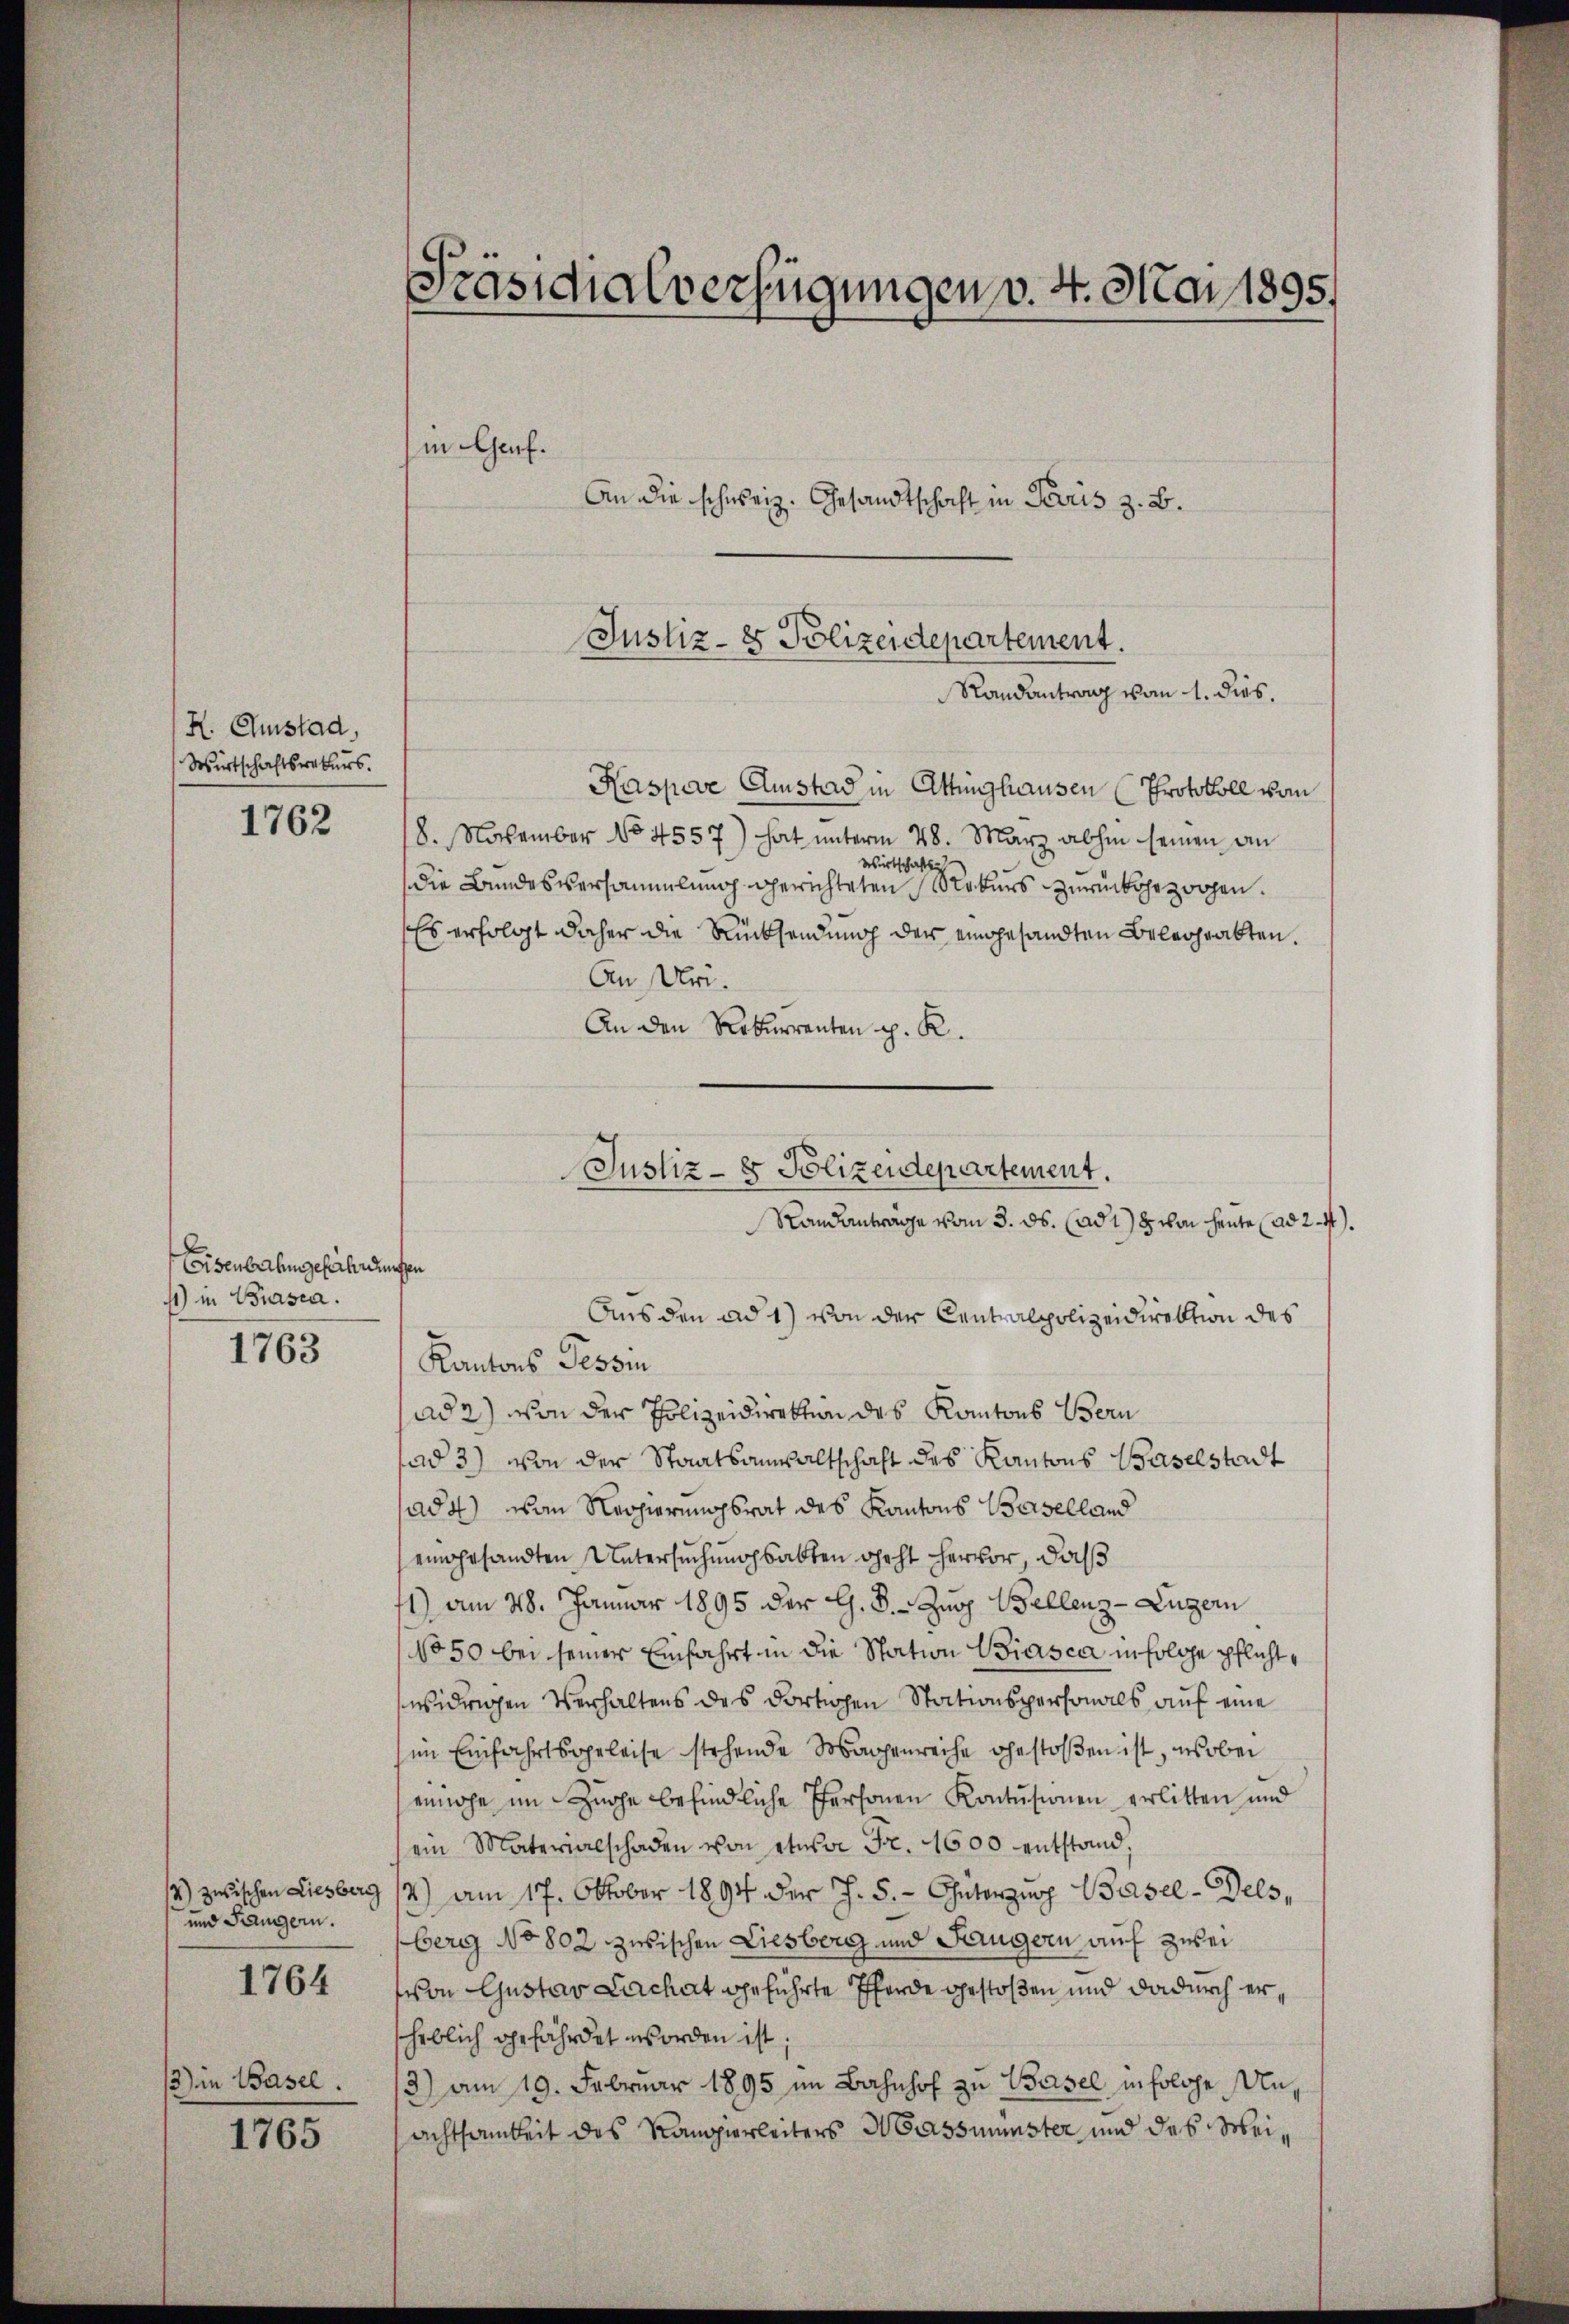
H. Chunstad,
Wirtschaftsrekurs.

1762

Eisenbahngefährdungen
11) in Brasia.
1763

und Längern.
1764

13) in Basel.

1765

Kaspare Austad in Ettinghausen (Protokoll vom
18. November No 4557) hat unterm 28. März abhin seinen an
Wirtschafts
die Bundesversammlung gerichteten Stobers zurückgezogen.
Es erfolgt daher die Rücksendung der eingesandten Belegrabten.
An Uri.
An den Rekurrenten p. K.

Aus den ad 1) von der Centralpolizeidirektion des
Kantons Tessin
ad 2) von der Polizeidirektion des Kantons Bern
ad 3) von der Staatsanwaltschaft des Kantons Baselstadt
(ad 4) von Regierungsrat des Kantons Baselland
eingesandten Untersuchungsabten geht hervor, daß
1) am 28. Januar 1895 der G. B. Zug Bellenz-Lugern
No 50 bei seiner Einfahrt in die Station Biasca in solche pflichtwidrigen Verhaltens des dortigen Stationspersonals auf eine
im Einfahrtsgeleise stehende Magenreihe gestoßen ist, wobei
einahe im Zuge befindliche Personen Kontusionen erlitten und
ein Materialschaden von etwa Fr. 1600 entstand;
2) zwischen Liesberg 17) am 17. Oktober 1894 der J. 5. - Guterzig Basel-Dels,
berg No 802 zwischen Liesberg und Saugern auf zwei
von Gustav Lachat geführte Pferde gestoßen und dadurch erheblich gefährdet worden ist;
3) am 19. Februar 1895 im Bahnhof zu Basel, in solche Unachtsamkeit des Rangierleiters Massmünster und des Mei¬

Präsidialverfügungen v. 4. Mai 1895.

in Genf.
An die schweiz. Gesandtschaft in Paris z. B.

Justiz- & Polizeidepartement.
Randantrag vom 1. dies.

Justiz- & Polizeidepartement.
Randanträge vom 3. ds. (ad 1) von heute ad 2. 4.